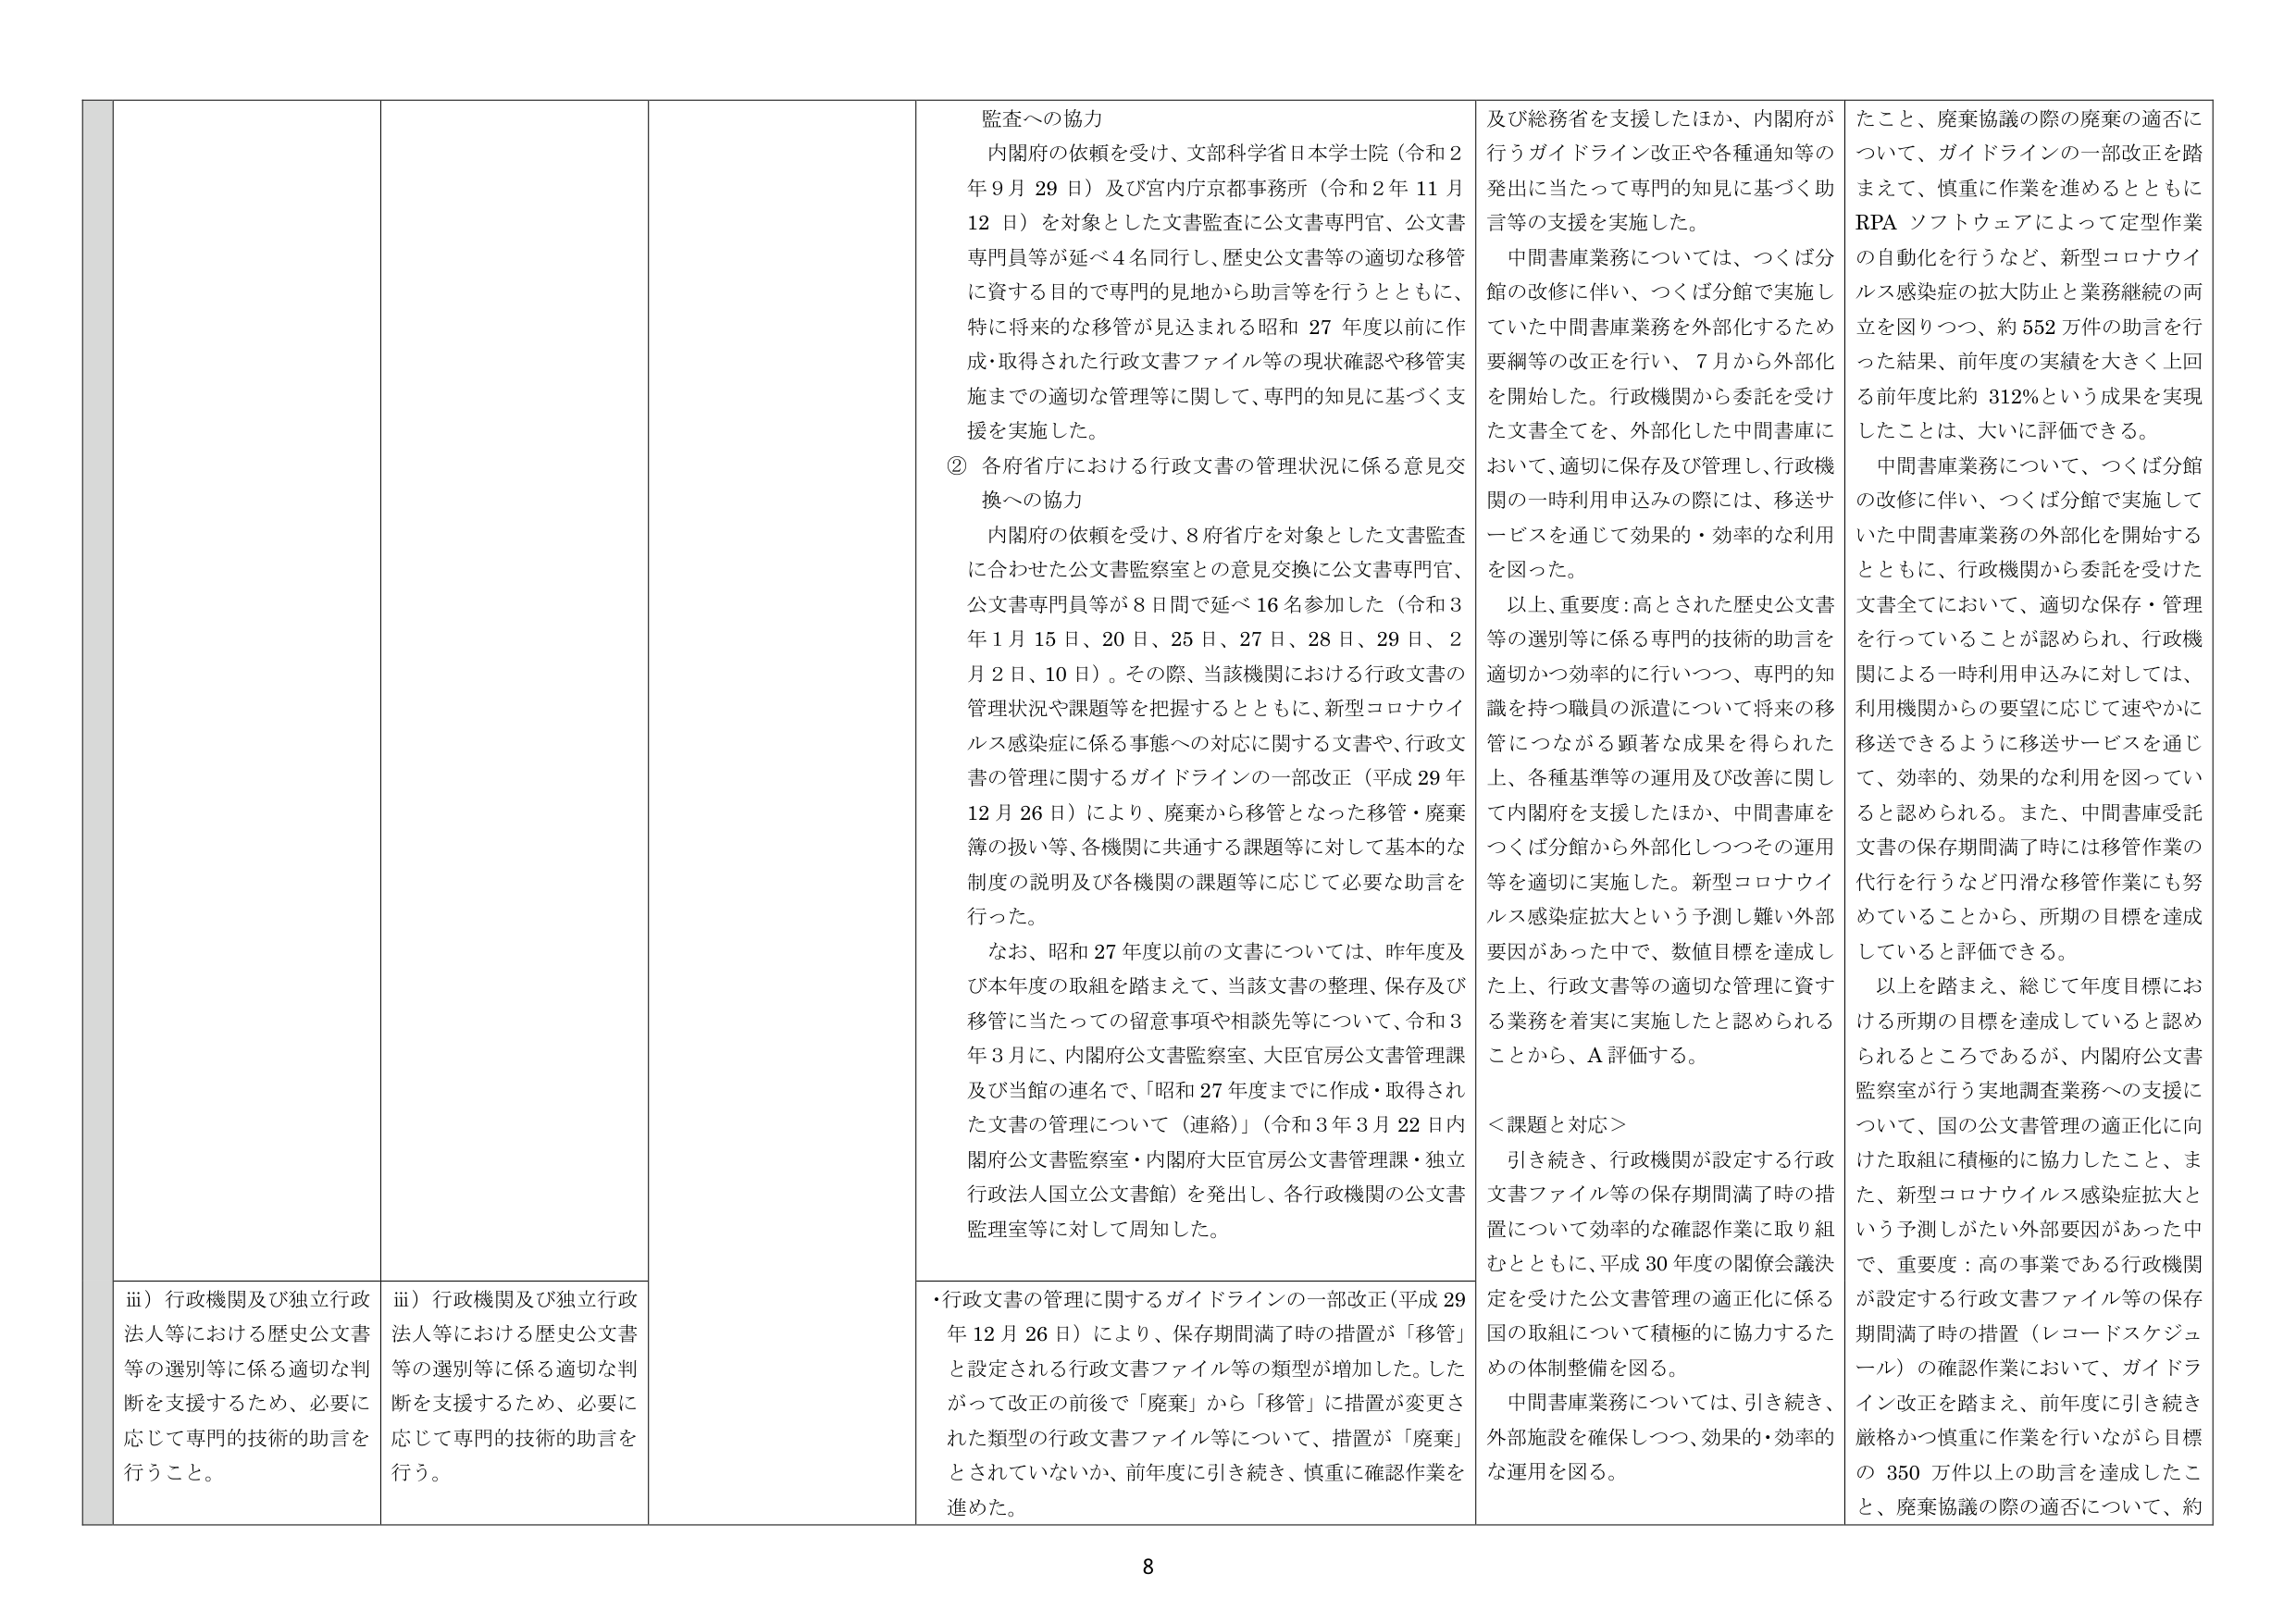
監査への協力
内閣府の依頼を受け、文部科学省日本学士院（令和2年9月29日）及び宮内庁京都事務所（令和2年11月12日）を対象とした文書監査に公文書専門官、公文書専門員等が延べ4名同行し、歴史公文書等の適切な移管に資する目的で専門的見地から助言等を行うとともに、特に将来的な移管が見込まれる昭和27年度以前に作成・取得された行政文書ファイル等の現状確認や移管実施までの適切な管理等に関して、専門的知見に基づく支援を実施した。

② 各府省庁における行政文書の管理状況に係る意見交換への協力
内閣府の依頼を受け、8府省庁を対象とした文書監査に合わせた公文書監察室との意見交換に公文書専門官、公文書専門員等が8日間で延べ16名参加した（令和3年1月15日、20日、25日、27日、28日、29日、2月2日、10日）。その際、当該機関における行政文書の管理状況や課題等を把握するとともに、新型コロナウイルス感染症に係る事態への対応に関する文書や、行政文書の管理に関するガイドラインの一部改正（平成29年12月26日）により、廃棄から移管となった移管・廃棄簿の扱い等、各機関に共通する課題等に対して基本的な制度の説明及び各機関の課題等に応じて必要な助言を行った。

なお、昭和27年度以前の文書については、昨年度及び本年度の取組を踏まえて、当該文書の整理、保存及び移管に当たっての留意事項や相談先等について、令和3年3月に、内閣府公文書監察室、大臣官房公文書管理課及び当館の連名で、「昭和27年度までに作成・取得された文書の管理について（連絡）」（令和3年3月22日内閣府公文書監察室・内閣府大臣官房公文書管理課・独立行政法人国立公文書館）を発出し、各行政機関の公文書監理室等に対して周知した。

及び総務省を支援したほか、内閣府が行うガイドライン改正や各種通知等の発出に当たって専門的知見に基づく助言等の支援を実施した。

中間書庫業務については、つくば分館の改修に伴い、つくば分館で実施していた中間書庫業務を外部化するため要綱等の改正を行い、7月から外部化を開始した。行政機関から委託を受けた文書全てを、外部化した中間書庫において、適切に保存及び管理し、行政機関の一時利用申込みの際には、移送サービスを通じて効果的・効率的な利用を図った。

以上、重要度：高とされた歴史公文書等の選別等に係る専門的技術的助言を適切かつ効率的に行いつつ、専門的知識を持つ職員の派遣について将来の移管につながる顕著な成果を得られた上、各種基準等の運用及び改善に関して内閣府を支援したほか、中間書庫をつくば分館から外部化しつつその運用等を適切に実施した。新型コロナウイルス感染症拡大という予測し難い外部要因があった中で、数値目標を達成した上、行政文書等の適切な管理に資する業務を着実に実施したと認められることから、A評価する。

＜課題と対応＞
引き続き、行政機関が設定する行政文書ファイル等の保存期間満了時の措置について効率的な確認作業に取り組むとともに、平成30年度の閣僚会議決定を受けた公文書管理の適正化に係る国の取組について積極的に協力するための体制整備を図る。

中間書庫業務については、引き続き、外部施設を確保しつつ、効果的・効率的な運用を図る。

たこと、廃棄協議の際の廃棄の適否について、ガイドラインの一部改正を踏まえて、慎重に作業を進めるとともにRPAソフトウェアによって定型作業の自動化を行うなど、新型コロナウイルス感染症の拡大防止と業務継続の両立を図りつつ、約552万件の助言を行った結果、前年度の実績を大きく上回る前年度比約312%という成果を実現したことは、大いに評価できる。

中間書庫業務について、つくば分館の改修に伴い、つくば分館で実施していた中間書庫業務の外部化を開始するとともに、行政機関から委託を受けた文書全てにおいて、適切な保存・管理を行っていることが認められ、行政機関による一時利用申込みに対しては、利用機関からの要望に応じて速やかに移送できるように移送サービスを通じて、効率的、効果的な利用を図っていると認められる。また、中間書庫受託文書の保存期間満了時には移管作業の代行を行うなど円滑な移管作業にも努めていることから、所期の目標を達成していると評価できる。

以上を踏まえ、総じて年度目標における所期の目標を達成していると認められるところであるが、内閣府公文書監察室が行う実地調査業務への支援について、国の公文書管理の適正化に向けた取組に積極的に協力したこと、また、新型コロナウイルス感染症拡大という予測しがたい外部要因があった中で、重要度：高の事業である行政機関が設定する行政文書ファイル等の保存期間満了時の措置（レコードスケジュール）の確認作業において、ガイドライン改正を踏まえ、前年度に引き続き厳格かつ慎重に作業を行いながら目標の350万件以上の助言を達成したこと、廃棄協議の際の適否について、約

iii）行政機関及び独立行政法人等における歴史公文書等の選別等に係る適切な判断を支援するため、必要に応じて専門的技術的助言を行うこと。

iii）行政機関及び独立行政法人等における歴史公文書等の選別等に係る適切な判断を支援するため、必要に応じて専門的技術的助言を行う。

・行政文書の管理に関するガイドラインの一部改正（平成29年12月26日）により、保存期間満了時の措置が「移管」と設定される行政文書ファイル等の類型が増加した。したがって改正の前後で「廃棄」から「移管」に措置が変更された類型の行政文書ファイル等について、措置が「廃棄」とされていないか、前年度に引き続き、慎重に確認作業を進めた。

8